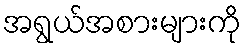
အရွယ်အစားများကို